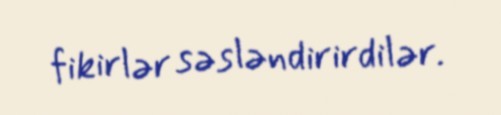
fikirlər səsləndirirdilər.